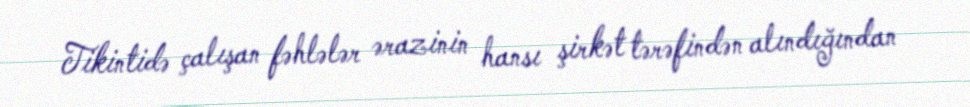
Tikintidə çalışan fəhlələr ərazinin hansı şirkət tərəfindən alındığından